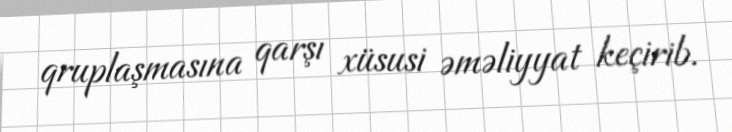
qruplaşmasına qarşı xüsusi əməliyyat keçirib.